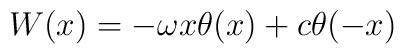
W (x) = -\omega x \theta (x) + c \theta (-x)